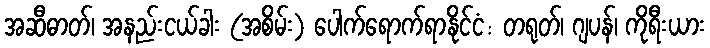
အဆီဓာတ်၊ အနည်းငယ်ခါး (အစိမ်း) ပေါက်ရောက်ရာနိုင်ငံ: တရုတ်၊ ဂျပန်၊ ကိုရီးယား